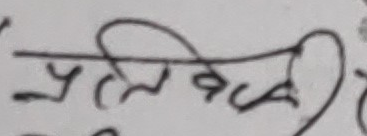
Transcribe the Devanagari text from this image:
The extracted text from the image is: **प्रतिवकडी**